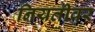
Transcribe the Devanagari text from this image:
नियतीवर